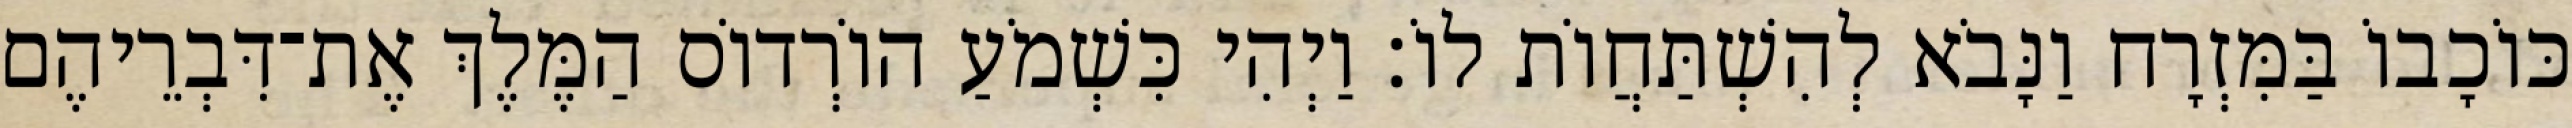
כּוֹכָבוֹ בַּמִּזְרָח וַנָּבֹא לְהִשְׁתַּחֲוֹת לוֹ׃ וַיְהִי כִּשְׁמֹעַ הוֹרְדוֹס הַמֶּלֶךְ אֶת־דִּבְרֵיהֶם